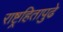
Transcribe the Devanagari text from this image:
राष्ट्रहितापुढे